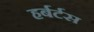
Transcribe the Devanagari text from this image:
हर्बर्टस